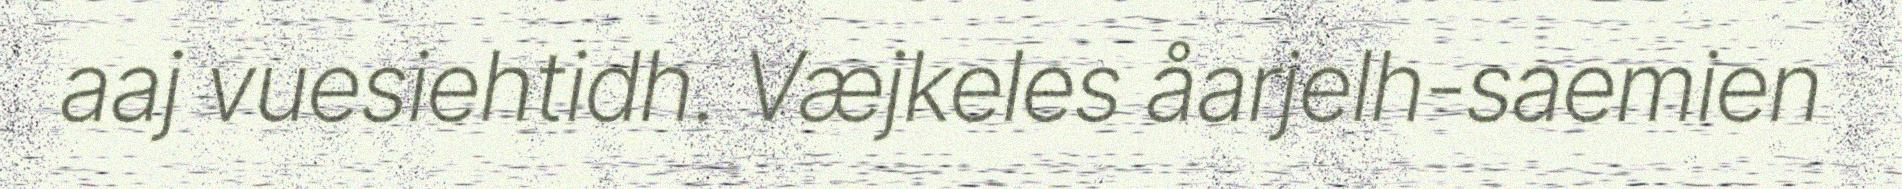
aaj vuesiehtidh. Væjkeles åarjelh-saemien